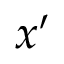
{ \boldsymbol { x } } ^ { \prime }